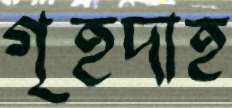
গৃহদাহ